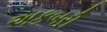
અકબરી